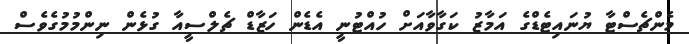
މެންޗެސްޓާ ޔުނައިޓެޑްގެ އަމާޒު ކަގާވާއަށް ހުއްޓުނީ އެޑެން ހަޒާޑް ޗެލްސީއާ ގުޅެން ނިންމުމުގެވެސް